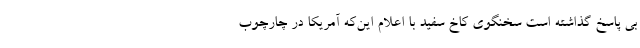
بی ‌پاسخ گذاشته است سخنگوی کاخ سفید با اعلام این‌که آمریکا در چارچوب